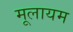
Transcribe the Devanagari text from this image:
मूलायम